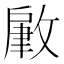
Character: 𢾹